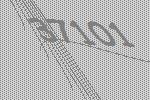
37101